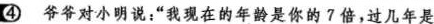
④爷爷对小明说：”我现在的年龄是你的?倍，过几年是